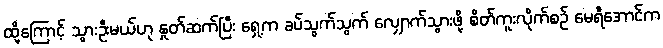
ထို့ကြောင့် သွားဦးမယ်ဟု နှုတ်ဆက်ပြီး ရှေ့က ခပ်သွက်သွက် လျှောက်သွားဖို့ စိတ်ကူးလိုက်စဉ် မေရီအောင်က